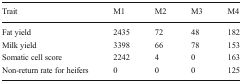
<table><thead><tr><td><b>Trait</b></td><td><b>M1</b></td><td><b>M2</b></td><td><b>M3</b></td><td><b>M4</b></td></tr></thead><tbody><tr><td>Fat yield</td><td>2435</td><td>72</td><td>48</td><td>182</td></tr><tr><td>Milk yield</td><td>3398</td><td>66</td><td>78</td><td>153</td></tr><tr><td>Somatic cell score</td><td>2242</td><td>4</td><td>0</td><td>163</td></tr><tr><td>Non-return rate for heifers</td><td>0</td><td>0</td><td>0</td><td>125</td></tr></tbody></table>